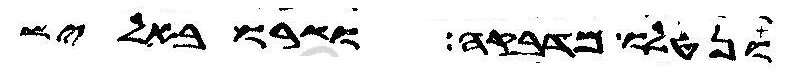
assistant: ונטלו מדפקה ושרו באליש